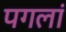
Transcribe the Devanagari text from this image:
पगलां